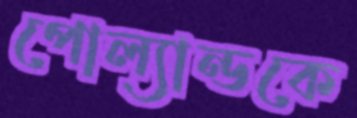
পোল্যান্ডকে